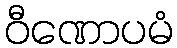
ဝီဏောပမံ